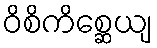
ဝိစိကိစ္ဆေယျ